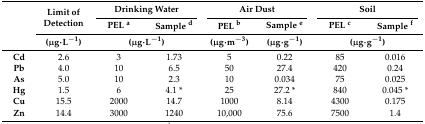
| <ROWSPAN=3>  | <ROWSPAN=2> Limit of Detection | <COLSPAN=2> Drinking Water | <COLSPAN=2> Air Dust | <COLSPAN=2> Soil |
 | PEL a | Sample d | PEL b | Sample e | PEL c | Sample f |
 | (μg·L−1) | <COLSPAN=2> (μg·L−1) | (μg∙m−3) | (μg∙g−1) | <COLSPAN=2> (μg∙g−1) |
 | --- | --- | --- | --- | --- | --- | --- | --- |
 | Cd | 2.6 | 3 | 1.73 | 5 | 0.22 | 85 | 0.016 |
 | Pb | 4.0 | 10 | 6.5 | 50 | 27.4 | 420 | 0.24 |
 | As | 5.0 | 10 | 2.3 | 10 | 0.034 | 75 | 0.025 |
 | Hg | 1.5 | 6 | 4.1 * | 25 | 27.2 * | 840 | 0.045 * |
 | Cu | 15.5 | 2000 | 14.7 | 1000 | 8.14 | 4300 | 0.175 |
 | Zn | 14.4 | 3000 | 1240 | 10,000 | 75.6 | 7500 | 1.4 |